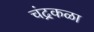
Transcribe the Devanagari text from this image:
चंद्रकळा